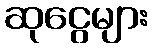
ဆုငွေများ